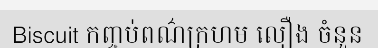
Biscuit កញ្ចប់ពណ៌ក្រហម លឿង ចំនួន